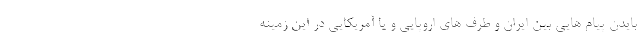
بایدن پیام هایی بین ایران و طرف های اروپایی و یا آمریکایی در این زمینه